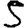
Digit: 5